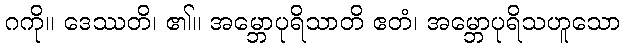
ဂကို။ ဒေဿတိ၊ ၏။ အမ္ဘောပုရိသာတိ ဧတံ၊ အမ္ဘောပုရိသဟူသော